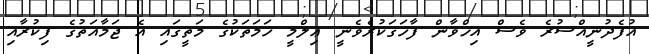
އުފެދުނީއްސުރެ ވެސް އިޚްވާން ފާހަގަކުރެވެނީ ޢިލްމީ ހަމަތަކުގެ މަތީގައި އެ ޖަމާއަތުގެ ފިކުރާއި